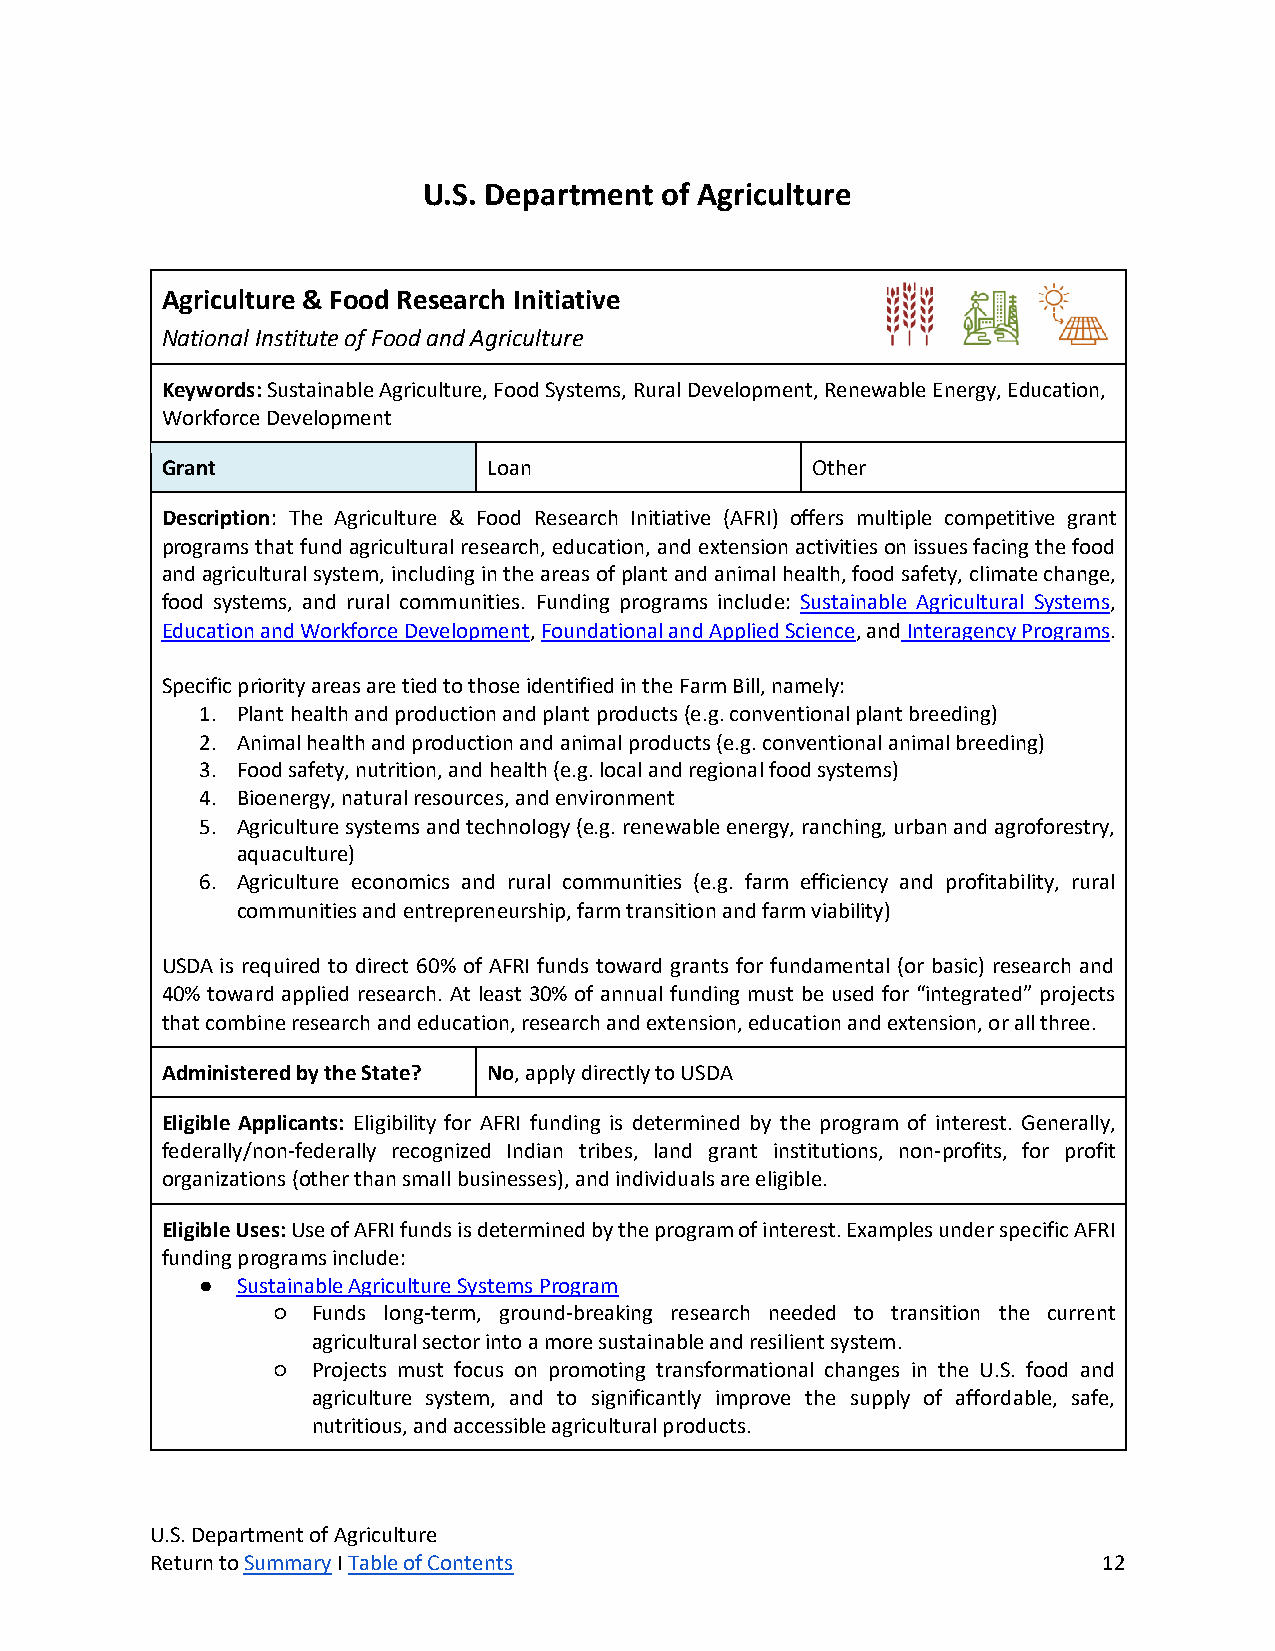
U.S. Department of Agriculture
 Agriculture & Food Research Initiative
 National Institute of Food and Agriculture
 Keywords: Sustainable Agriculture, Food Systems, Rural Development, Renewable Energy, Education,
 Workforce Development
 Grant                Loan                  Other
 Description: The Agriculture & Food Research Initiative (AFRI) offers multiple competitive grant
 programs that fund agricultural research, education, and extension activities on issues facing the food
 and agricultural system, including in the areas of plant and animal health, food safety, climate change,
 food systems, and rural communities. Funding programs include: Sustainable Agricultural Systems,
 Education and Workforce Development, Foundational and Applied Science, and Interagency Programs.
 Specific priority areas are tied to those identified in the Farm Bill, namely:
 1. Plant health and production and plant products (e.g. conventional plant breeding)
 2. Animal health and production and animal products (e.g. conventional animal breeding)
 3. Food safety, nutrition, and health (e.g. local and regional food systems)
 4. Bioenergy, natural resources, and environment
 5. Agriculture systems and technology (e.g. renewable energy, ranching, urban and agroforestry,
 aquaculture)
 6. Agriculture economics and rural communities (e.g. farm efficiency and profitability, rural
 communities and entrepreneurship, farm transition and farm viability)
 USDA is required to direct 60% of AFRI funds toward grants for fundamental (or basic) research and
 40% toward applied research. At least 30% of annual funding must be used for “integrated” projects
 that combine research and education, research and extension, education and extension, or all three.
 Administered by the State? No, apply directly to USDA
 Eligible Applicants: Eligibility for AFRI funding is determined by the program of interest. Generally,
 federally/non-federally recognized Indian tribes, land grant institutions, non-profits, for profit
 organizations (other than small businesses), and individuals are eligible.
 Eligible Uses: Use of AFRI funds is determined by the program of interest. Examples under specific AFRI
 funding programs include:
 ●  Sustainable Agriculture Systems Program
 ○  Funds long-term, ground-breaking research needed to transition the current
 agricultural sector into a more sustainable and resilient system.
 ○  Projects must focus on promoting transformational changes in the U.S. food and
 agriculture system, and to significantly improve the supply of affordable, safe,
 nutritious, and accessible agricultural products.
 U.S. Department of Agriculture
 Return to Summary I Table of Contents                          12